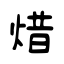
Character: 焟